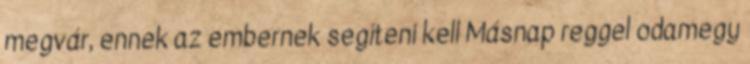
megvár, ennek az embernek segíteni kell Másnap reggel odamegy